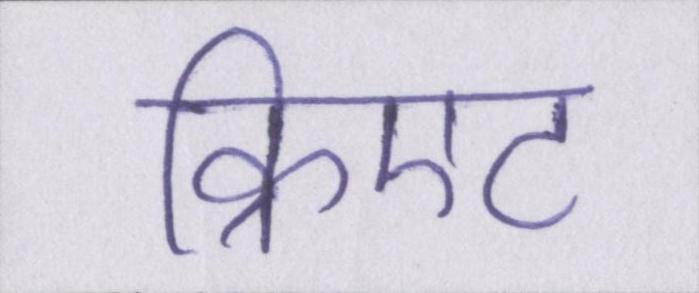
क्रिएट